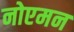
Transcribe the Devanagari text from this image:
नोएमन